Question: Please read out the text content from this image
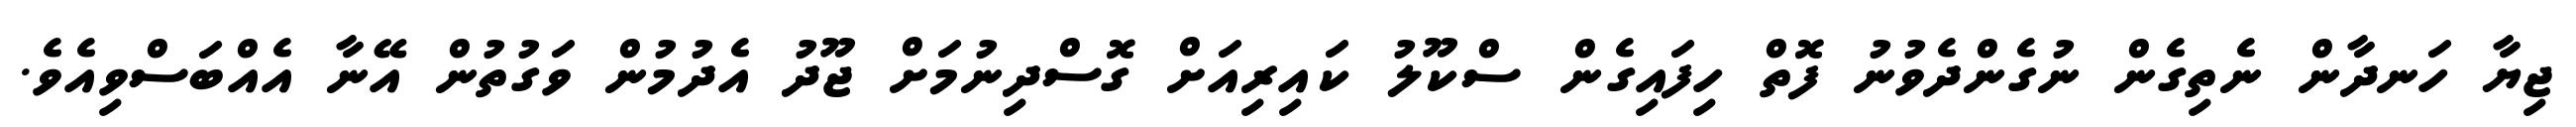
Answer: ޖިޔާ ހަނދާން ނެތިގެން ނުގެންދެވުނު ފޮތް ހިފައިގެން ސްކޫލު ކައިރިއަށް ގޮސްދިނުމަށް ޖޫދު އެދުމުން ވަގުތުން އޭނާ އެއްބަސްވިއެވެ.